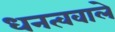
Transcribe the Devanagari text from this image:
धनत्ववाले